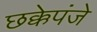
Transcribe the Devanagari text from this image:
छक्केपंजे